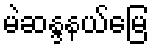
မဲဆန္ဒနယ်မြေ